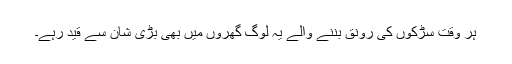
ہر وقت سڑکوں کی رونق بننے والے یہ لوگ گھروں میں بھی بڑی شان سے قید رہے۔